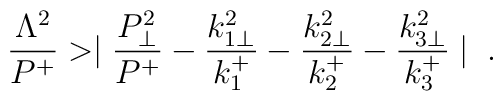
{\Lambda^2 \over P^+}>\mid {P_\perp^2 \over P^+}-{k_{1 \perp}^2\over k_1^+}-{k_{2 \perp}^2 \over k_2^+}-{k_{3 \perp}^2 \over k_3^+}\mid \;.